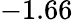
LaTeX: -1.66